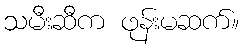
သမီးဆီက ဖုန်းမဆက်။